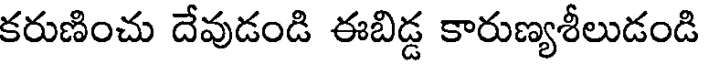
కరుణించు దేవుడండి ఈబిడ్డ కారుణ్యశీలుడండి